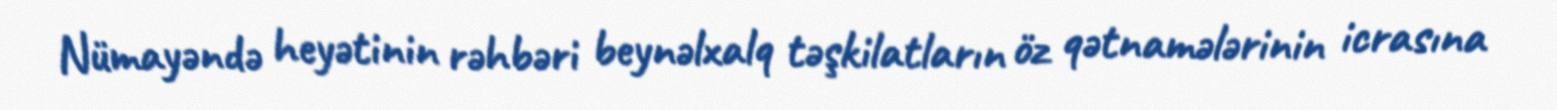
Nümayəndə heyətinin rəhbəri beynəlxalq təşkilatların öz qətnamələrinin icrasına